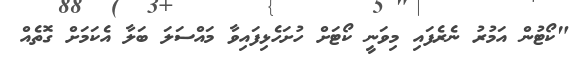
"ކޯޓުން އަމުރު ނެރެފައި މިވަނީ ކޯޓަށް ހުށަހެޅިފައިވާ މައްސަލަ ބަލާ އެކަމަށް ގޮތެއް